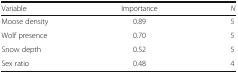
| Variable | Importance | N |
 | --- | --- | --- |
 | Moose density | 0.89 | 5 |
 | Wolf presence | 0.70 | 5 |
 | Snow depth | 0.52 | 5 |
 | Sex ratio | 0.48 | 4 |